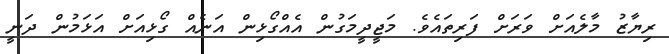
ރިޔާޒު މާލެއަށް ވަރަށް ފަރިތައެވެ. މަޖީދީމަގުން އެއްގޯޅިން އަނެއް ގޯޅިއަށް އަޅަމުން ދަނީ